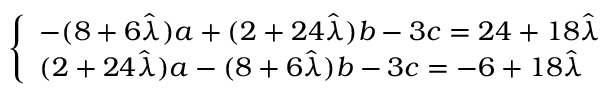
\left\{ \begin{array} { l l } { - ( 8 + 6 \hat { \lambda } ) a + ( 2 + 2 4 \hat { \lambda } ) b - 3 c = 2 4 + 1 8 \hat { \lambda } } \\ { ( 2 + 2 4 \hat { \lambda } ) a - ( 8 + 6 \hat { \lambda } ) b - 3 c = - 6 + 1 8 \hat { \lambda } } \end{array} \right.